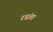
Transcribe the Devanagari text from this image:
रध्रंता